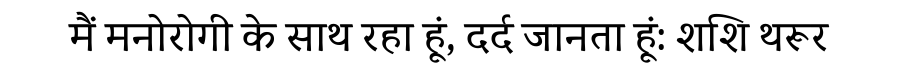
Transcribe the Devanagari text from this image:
मैं मनोरोगी के साथ रहा हूं, दर्द जानता हूं: शशि थरूर